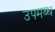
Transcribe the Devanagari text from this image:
उपमब्ध